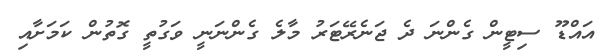
އައްޑޫ ސިޓީން ގެންނަ ދެ ޖަނެރޭޓަރު މާލެ ގެންނަނީ ވަގުތީ ގޮތުން ކަމަށާއި